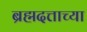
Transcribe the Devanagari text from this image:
ब्रह्मदत्ताच्या